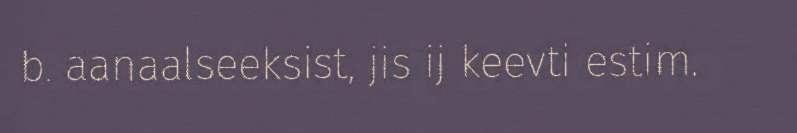
b. aanaalseeksist, jis ij keevti estim.